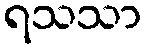
ရသသာ